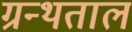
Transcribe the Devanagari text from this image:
ग्रन्थताल